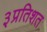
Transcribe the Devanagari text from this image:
३प्रतिशत